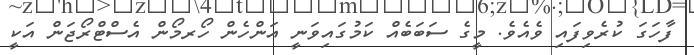
ފާހަގަ ކުރެވިފައި ވެއެވެ. މީގެ ސަބަބެއް ކަމުގައިވަނީ އަންހެން ހޯރމޯން އެސްޓްރޯޖަން އަކީ